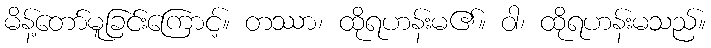
မိန့်တော်မူခြင်းကြောင့်။ တဿာ၊ ထိုရဟန်းမ၏။ ဝါ၊ ထိုရဟန်းမသည်။